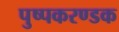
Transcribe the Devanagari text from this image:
पुष्पकरण्डक